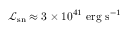
\mathcal { L } _ { \mathrm { s n } } \approx 3 \times 1 0 ^ { 4 1 } ~ \mathrm { e r g ~ s } ^ { - 1 }